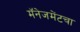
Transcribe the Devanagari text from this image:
मॅनेजमेंटचा